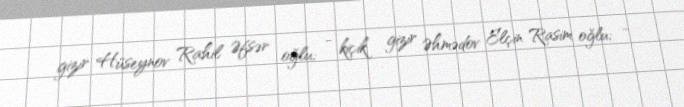
gizir Hüseynov Rahil Əfsər oğlu; - kiçik gizir Əhmədov Elçin Rasim oğlu; -